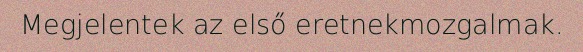
Megjelentek az első eretnekmozgalmak.